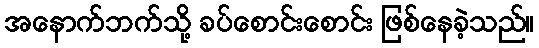
အနောက်ဘက်သို့ ခပ်စောင်းစောင်း ဖြစ်နေခဲ့သည်။